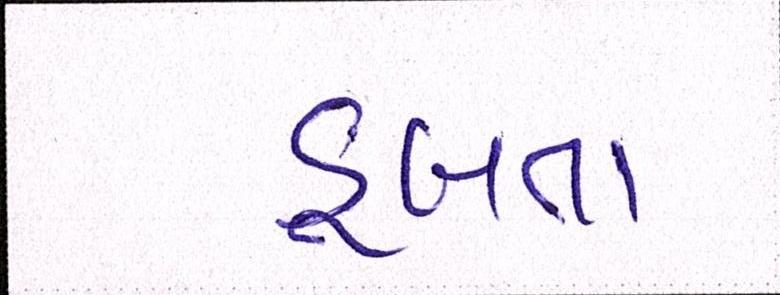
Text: ડૂબતા